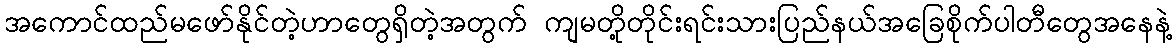
အကောင်ထည်မဖော်နိုင်တဲ့ဟာတွေရှိတဲ့အတွက် ကျမတို့တိုင်းရင်းသားပြည်နယ်အခြေစိုက်ပါတီတွေအနေနဲ့